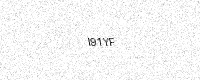
Text: I91YF